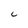
Character: 6